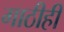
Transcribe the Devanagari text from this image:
गाठीही